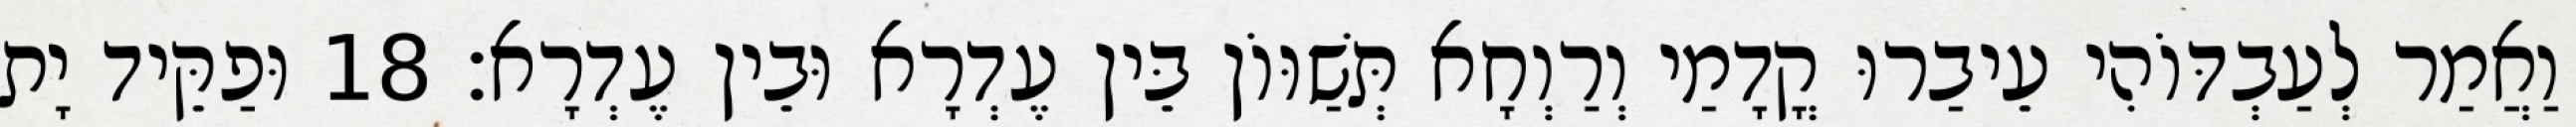
וַאֲמַר לְעַבְדּוֹהִי עֵיבַרוּ קֳדָמַי וְרַוְחָא תְּשַׁוּוֹן בֵּין עֶדְרָא וּבֵין עֶדְרָא׃ 18 וּפַקֵּיד יָת